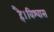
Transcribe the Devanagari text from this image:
है।विश्वास